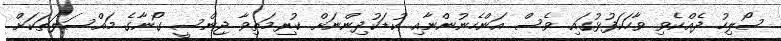
ސޯލިހު ދެއްކެވި ވާހަކަފުޅުގައި ވެސް އަންހެނުންނާއި ކުޑަކުދިންނަށް ކުރިމަތިވާ ޖިންސީ ގޯނާގެ މައްސަލަތަކަށް